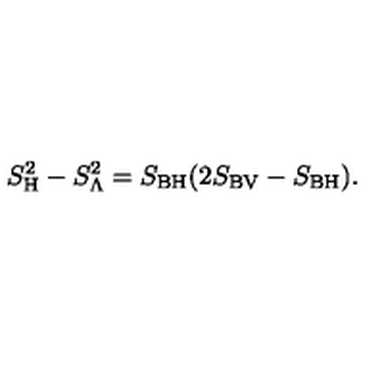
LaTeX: S _ { \mathrm { H } } ^ { 2 } - S _ { \mathrm { \Lambda } } ^ { 2 } = S _ { \mathrm { B H } } ( 2 S _ { \mathrm { B V } } - S _ { \mathrm { B H } } ) .